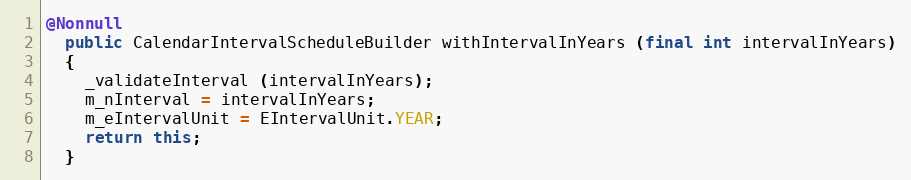
Language: Java
@Nonnull
  public CalendarIntervalScheduleBuilder withIntervalInYears (final int intervalInYears)
  {
    _validateInterval (intervalInYears);
    m_nInterval = intervalInYears;
    m_eIntervalUnit = EIntervalUnit.YEAR;
    return this;
  }